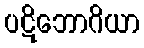
ပဋိဘောဂိယာ